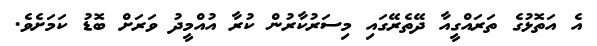
އެ އަތޮޅުގެ ތަރައްގީއާ ދޭތެރޭގައި މިސަރުކާރުން ކުރާ އުއްމީދު ވަރަށް ބޮޑު ކަމަށެވެ.